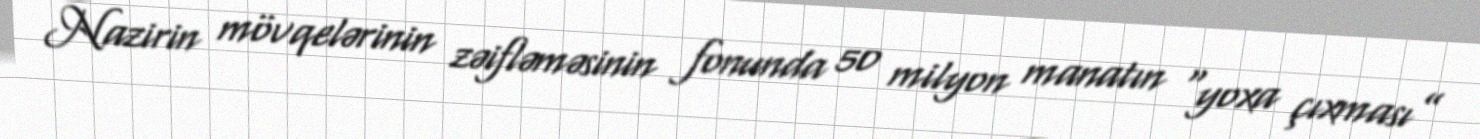
Nazirin mövqelərinin zəifləməsinin fonunda 50 milyon manatın “yoxa çıxması”